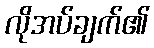
လိုအပ်ချက်၏